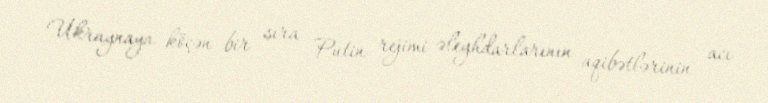
Ukraynaya köçən bir sıra Putin rejimi əleyhdarlarının aqibətlərinin acı